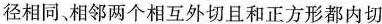
径相同，相邻两个相互外切且和正方形都内切